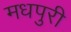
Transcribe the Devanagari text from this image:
मधपुरी